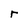
Character: r